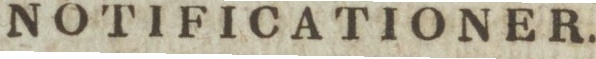
NOTIFICATIONER.